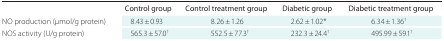
|  | Control group | Control treatment group | Diabetic group | Diabetic treatment group |
 | --- | --- | --- | --- | --- |
 | NO production (μmol/g protein) | 8.43 ± 0.93 | 8.26 ± 1.26 | 2.62 ± 1.02* | 6.34 ± 1.36† |
 | NOS activity (U/g protein) | 565.3 ± 57.0† | 552.5 ± 77.3† | 232.3 ± 24.4† | 495.99 ± 59.1† |